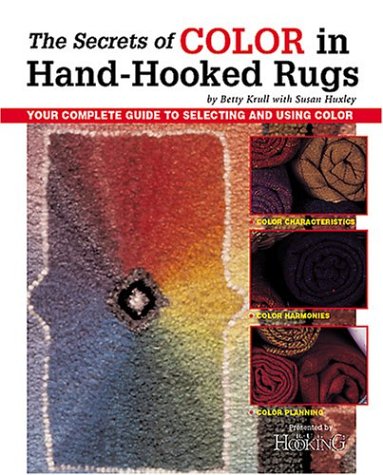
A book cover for The Secrets of Color in Hand-Hooked Rugs; Betty Krull; Crafts, Hobbies & Home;